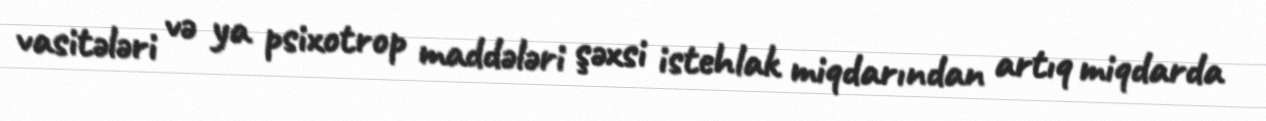
vasitələri və ya psixotrop maddələri şəxsi istehlak miqdarından artıq miqdarda